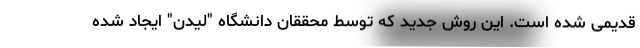
قدیمی شده است. این روش جدید که توسط محققان دانشگاه "لیدن" ایجاد شده